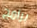
برامج